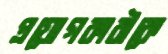
প্রয়োগকারীকে